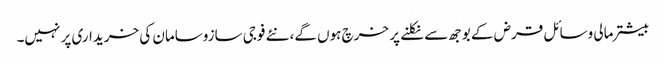
بیشتر مالی وسائل قرض کے بوجھ سے نکلنے پر خرچ ہوں گے، نئے فوجی سازوسامان کی خریداری پر نہیں۔